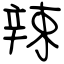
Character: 辣